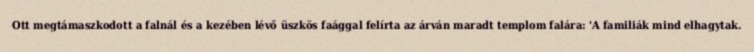
Ott megtámaszkodott a falnál és a kezében lévő üszkös faággal felírta az árván maradt templom falára: 'A familiák mind elhagytak.